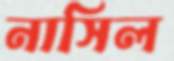
নাসিল